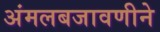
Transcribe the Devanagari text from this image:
अंमलबजावणीने